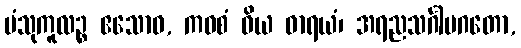
ပံသုကူလဉ္စ ဧသောဝ, ကဝစံ ဝိယ ဓာရယံ၊ အရညသင်္ဂါမဂတော,